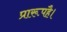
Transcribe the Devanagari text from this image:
प्रारूपहै।